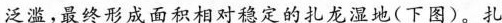
泛滥，最终形成面积相对稳定的扎龙湿地(下图)。扎